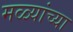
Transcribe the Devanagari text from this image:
मळ्यांच्या